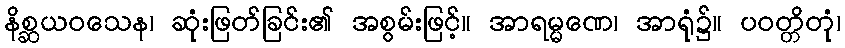
နိစ္ဆယဝသေန၊ ဆုံးဖြတ်ခြင်း၏ အစွမ်းဖြင့်။ အာရမ္မဏေ၊ အာရုံ၌။ ပဝတ္တိတုံ၊